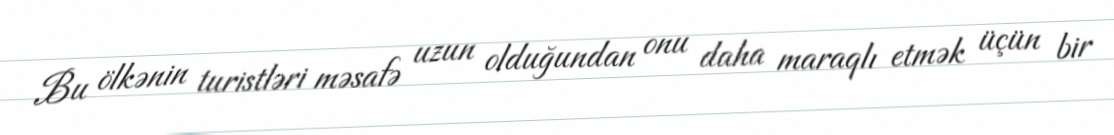
Bu ölkənin turistləri məsafə uzun olduğundan onu daha maraqlı etmək üçün bir